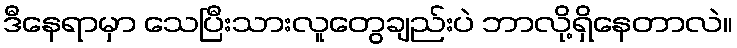
ဒီနေရာမှာ သေပြီးသားလူတွေချည်းပဲ ဘာလို့ရှိနေတာလဲ။